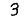
Digit: 3